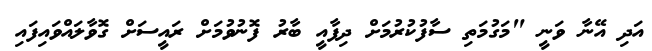
އަދި އޭނާ ވަނީ "މަގުމަތި ސާފުކުރުމަށް ދިފާއީ ބާރު ފޮނުވުމަށް ރައީސަށް ގޮވާލައްވައިފައި